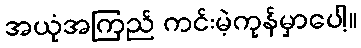
အယုံအကြည် ကင်းမဲ့ကုန်မှာပေါ့။